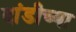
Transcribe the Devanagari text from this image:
दांडीच्या